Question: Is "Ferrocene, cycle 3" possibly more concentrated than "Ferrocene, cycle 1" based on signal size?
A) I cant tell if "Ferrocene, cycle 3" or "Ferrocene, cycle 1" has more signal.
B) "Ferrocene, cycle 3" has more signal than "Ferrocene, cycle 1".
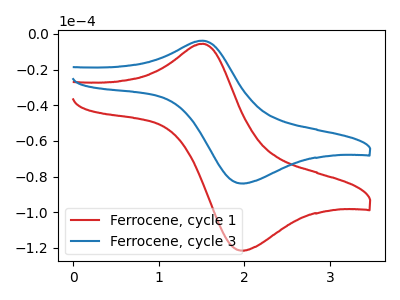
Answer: <think>The red curve "Ferrocene, cycle 1" has an anodic peak at (1.50V, -5.50uA) and a cathodic peak at (1.95V, -121.45uA). The blue curve "Ferrocene, cycle 3" has an anodic peak at (1.50V, -3.80uA) and a cathodic peak at (1.95V, -83.85uA).
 All the peaks in "Ferrocene, cycle 3" have a peak in "Ferrocene, cycle 1" at the same potential.</think>
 <answer>A) I cant tell if "Ferrocene, cycle 3" or "Ferrocene, cycle 1" has more signal.</answer>
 <eval>A</eval>